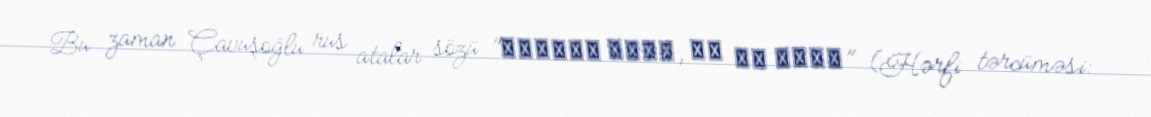
Bu zaman Çavuşoğlu rus atalar sözü "Хороша Маша, да не наша" (Hərfi tərcüməsi: